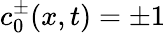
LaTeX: c_{0}^{\pm}(x,t)=\pm 1